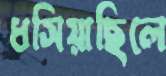
ধসিয়াছিলে